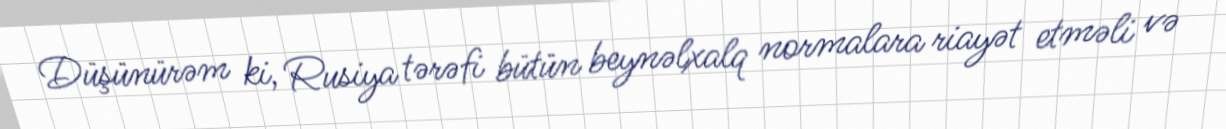
Düşünürəm ki, Rusiya tərəfi bütün beynəlxalq normalara riayət etməli və